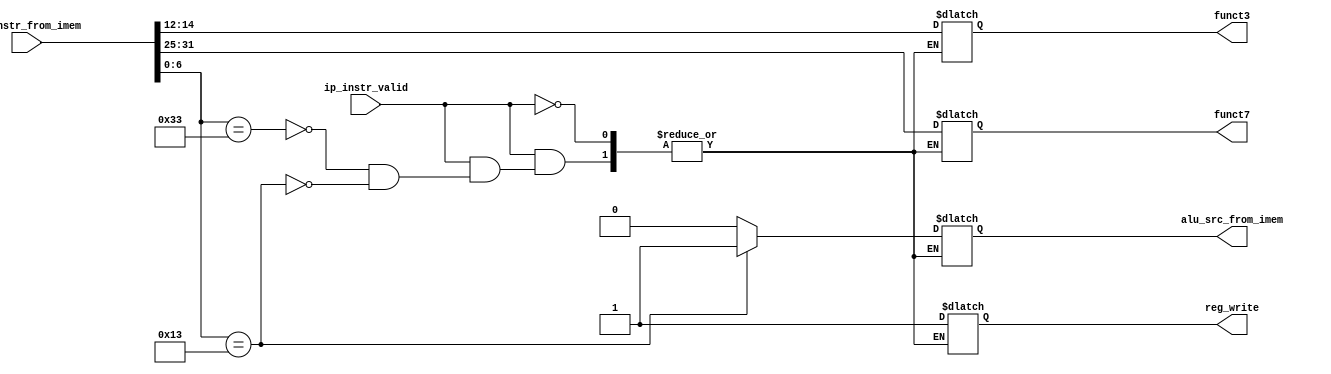
//Verilog code for the Decoder- to generate control signals.

module decoder(

input wire [31:0] ip_instr_from_imem,
input wire ip_instr_valid,
output reg reg_write,
output reg [2:0] funct3,
output reg [6:0] funct7,
output reg alu_src_from_imem
);

always @(*) begin:decoder_block
	if (ip_instr_valid) begin
		case (ip_instr_from_imem[6:0]) 
			7'b0110011:
			begin
				reg_write=1'b1;
			        alu_src_from_imem = 1'b0;	
				//3bit-Opcode
				funct3=ip_instr_from_imem[14:12];
				//7bit-Functionality
				funct7=ip_instr_from_imem[31:25];
			end

			7'b0010011:
			begin
				alu_src_from_imem = 1'b1;
				reg_write = 1'b1;
				//3bit-Opcode
				funct3= ip_instr_from_imem[14:12];	
				//7bit-Functionality
				funct7= ip_instr_from_imem[31:25];
			end
		endcase
	end

end
endmodule